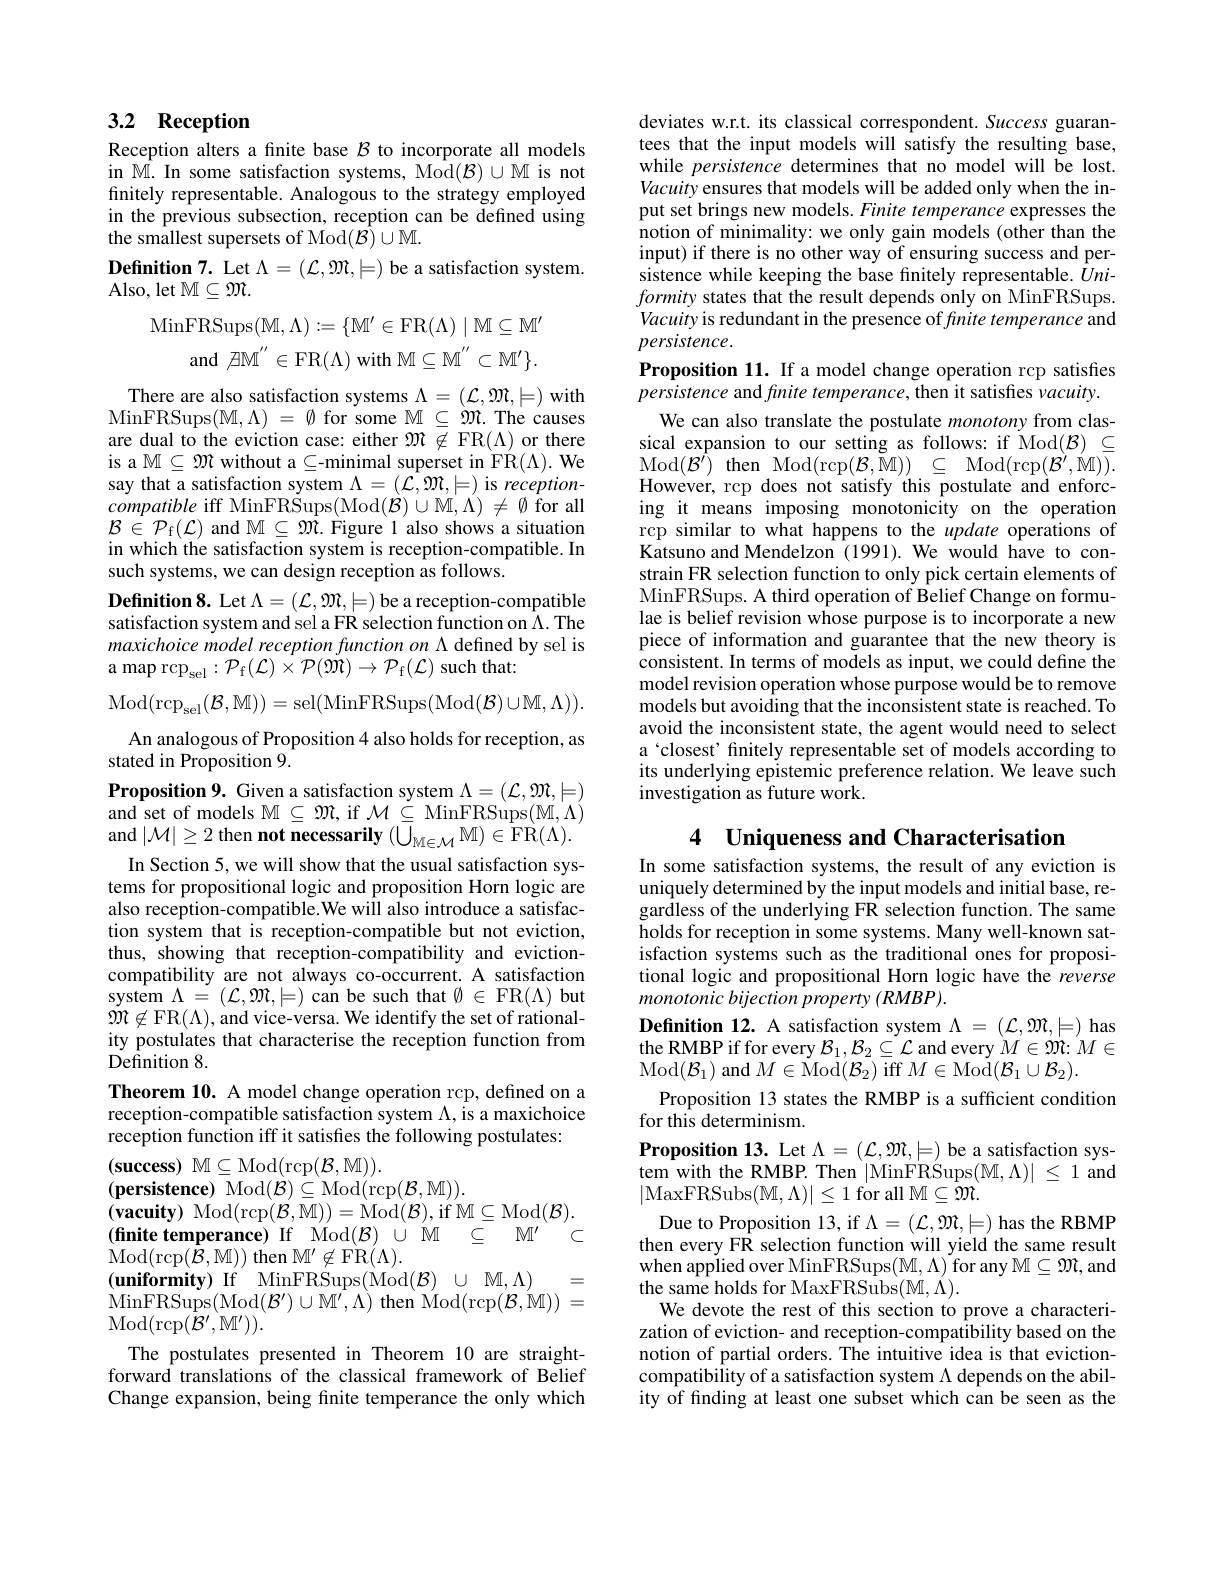
## 3.2 Reception

Reception alters a finite base $\mathcal{B}$ to incorporate all models in M. In some satisfaction systems, Mod$(\mathcal{B})\cup$M is not finitely representable. Analogous to the strategy employed in the previous subsection, reception can be defined using $\hat{\text{the smallest supersets of Mod}} ( \hat{\mathcal{B} } ) \cup \mathbb{M} .$
Definition 7. Let $\Lambda=(\mathcal{L},\mathcal{M},\models)$ be a satisfaction system.
Also, let M$\subseteq\mathfrak{M}.$
$$\begin{array}{rl}{{\mathrm{nFRSups}(\mathbb{M},\Lambda):=\{\mathbb{M}^{\prime}\in\mathrm{FR}(\Lambda)\mid\mathbb{M}\subseteq\mathbb{M}^{\prime}}}\\{{\mathrm{and}\not\exists\mathbb{M}^{^{\prime\prime}}\in\mathrm{FR}(\Lambda)\mathrm{~with~}\mathbb{M}\subseteq\mathbb{M}^{^{\prime\prime}}\subset\mathbb{M}^{\prime}\}.}}\end{array}$$
There are also satisfaction systems $\Lambda=(\mathcal{L},\mathcal{M},\models)$ with MinFRSups$( \mathbb{M} , \Lambda )$ = $\emptyset$ for some $\mathbb{M}\subseteq\mathcal{M}.$The causes are dual to the eviction case: either $\mathfrak{M}\not\in$ FR$(\Lambda)$ or there is a $\mathbb{M}\subseteq\mathfrak{M}$ without a$\subseteq$-minimal superset in FR$(\Lambda).$ We ${\mathrm{say~that~a~satisfaction~system~}\Lambda=(\hat{\mathcal{L}},\mathfrak{M},|=){\mathrm{~is~reception-}}}$ compatible iff MinFRSups(Mod$(\mathcal{B})\cup$M$,\Lambda)\neq\emptyset$ for all $\mathcal{B} \in \mathcal{P} _{\mathrm{f} }( \mathcal{L} )$ and $\mathcal{M}\subseteq\mathcal{M}.$ Figure 1 also shows a situation in which the satisfaction system is reception-compatible. In such systems, we can design reception as follows.
Definition 8. Let $\Lambda=(\mathcal{L},\mathcal{M},\models)$ be a reception-compatible satisfaction system and sel a FR selection function on $\Lambda.$ The maxichoice model reception function on \Lambda defined by sel is ${\text{a map rcp}}_{\mathrm{sel}}:{\mathcal P}_{\mathrm{f}}({\mathcal{L}})\times{\mathcal{P}}({\mathcal{M}})\to{\mathcal{P}}_{\mathrm{f}}({\mathcal{L}})$ such that:
$$\mathrm{Mod}(\mathrm{rcp}_{\mathrm{sel}}(\mathcal{B},\mathbb{M}))=\mathrm{sel}(\mathrm{MinFRSups}(\mathrm{Mod}(\mathcal{B})\cup\mathbb{M},\Lambda)).$$
An analogous of Proposition 4 also holds for reception, as
stated in Proposition 9.
Proposition 9. Given a satisfaction system $\Lambda=(\mathcal{L},\mathfrak{M},\models)$ and set of models $\mathbb{M}\subseteq\mathfrak{M}$,if $\mathcal{M}\subseteq$MinFRSups$(\mathbb{M},\Lambda)$ and $|\mathcal{M}|\geq2$ then not necessarily $(\bigcup_{\mathcal{M}\in\mathcal{M}}\mathbb{M})\in\mathbb{F}$R$(\Lambda).$
In Section 5, we will show that the usual satisfaction systems for propositional logic and proposition Horn logic are also reception-compatible.We will also introduce a satisfaction system that is reception-compatible but not eviction, thus, showing that reception-compatibility and evictioncompatibility are not always co-occurrent. A satisfaction $system\Lambda=(\mathcal{L},\mathfrak{M},\models)$ can be such that $\emptyset\in$ FR$(\Lambda)$ but $\tilde{\mathfrak{m}}\not\in$FR$(\Lambda)$,and vice-versa. We identify the set of rationality postulates that characterise the reception function from Definition 8
Theorem 10. A model change operation rcp, defined on a reception-compatible satisfaction system $\Lambda$, is a maxichoice reception function iff it satisfies the following postulates:
(success) $\mathbb{M}\subseteq$Mod(rcp$(\mathcal{B},\mathbb{M})).$
(persistence) Mod$(\mathcal{B})\subseteq$Mod(rcp$(\mathcal{B},\mathbb{M})).$
$( \textbf{vacuity) Mod}($rcp$(\mathcal{B},\overline{\mathbb{M}}))=$Mod$(\mathcal{B})$,if M$\subseteq$Mod$(\mathcal{B}).$ $( \textbf{finite temperance) If}$ Mod$( \mathcal{B} )$ $\cup$M $\subseteq$ $\mathbb{M} ^\prime$ $\subset$ $\operatorname{Mod}(\operatorname{rcp}(\dot{\mathcal{B}},\mathbb{M}))$ then $\mathbb{M}^\prime\not\in\operatorname{FR}(\Lambda).$
$( \textbf{uniformity) If}$ MinFRSups(Mod$( \mathcal{B} )$ $\cup$ $\mathcal{M} , \Lambda )$
=
$\operatorname*{MinFRSups}(\operatorname{Mod}(\mathcal{B}^{\prime})\cup\operatorname{M^{\prime}},\Lambda)$ then Mod$(\operatorname{rcp}(\mathcal{B},\mathcal{M}))=$
$\operatorname{Mod}(\operatorname{rcp}(\tilde{\mathcal{B}}^{\prime},\mathbb{M}^{\prime})).$
The postulates presented in Theorem 10 are straightforward translations of the classical framework of Belief Change expansion, being finite temperance the only which

deviates w.r.t. its classical correspondent. Success guarantees that the input models will satisfy the resulting base, while persistence determines that no model will be lost. Vacuity ensures that models will be added only when the input set brings new models. Finite temperance expresses the notion of minimality: we only gain models (other than the input) if there is no other way of ensuring success and persistence while keeping the base finitely representable. $\bar{U}ni$- formity states that the result depends only on MinFRSups. Vacuity is redundant in the presence of finite temperance and $persistence.$
Proposition 11. If a model change operation rcp satisfes persistence and finite temperance, then it satisfies vacuity.
We can also translate the postulate monotony from classical expansion to our setting as follows: if Mod$(\mathcal{B})\subseteq$ $\begin{array}{l}{\mathrm{Mod}(\mathcal{B}^{\prime})}&{\mathrm{then~Mod}(\mathrm{rcp}(\mathcal{B},\tilde{\mathbb{M}}))\subseteq\mathrm{Mod}(\mathrm{rcp}(\mathcal{B}^{\prime},\tilde{\mathbb{M}})).}\\{\mathrm{However,~rcp~does~not~satisfy~this~postulate~and~enforc-}}\end{array}$ ing it means imposing monotonicity on the operation rcp similar to what happens to the update operations of Katsuno and Mendelzon (1991). We would have to constrain FR selection function to only pick certain elements of MinFRSups. A third operation of Belief Change on formulae is belief revision whose purpose is to incorporate a new piece of information and guarantee that the new theory is consistent. In terms of models as input, we could define the model revision operation whose purpose would be to remove models but avoiding that the inconsistent state is reached. To avoid the inconsistent state, the agent would need to select a‘closest’ finitely representable set of models according to its underlying epistemic preference relation. We leave such investigation as future work.

4 Uniqueness and Characterisation

In some satisfaction systems, the result of any eviction is uniquely determined by the input models and initial base, regardless of the underlying FR selection function. The same holds for reception in some systems. Many well-known satisfaction systems such as the traditional ones for propositional logic and propositional Horn logic have the reverse monotonic bijection property $(RMBP).$
$\textbf{Definition 12. A satisfaction system }\Lambda = ( \mathcal{L} , \mathcal{M} , \models )$has the RMBP if for every $\mathcal{B}_1,\mathcal{B}_2\subseteq\mathcal{L}$ and every $M\in\mathfrak{M}:M\in$ Mod$(\mathcal{B}_1)$ and $M\in\operatorname{Mod}(\mathcal{B}_2)$ iff $M\in\operatorname{Mod}(\mathcal{B}_1\cup\mathcal{B}_2).$
Proposition 13 states the RMBP is a sufficient condition
for this determinism.
Proposition 13. Let $\Lambda=(\mathcal{L},\mathcal{M},\models)$ be a satisfaction system with the RMBP. Then |MinFRSups$(\mathbb{M},\Lambda)|\leq1$ and |MaxFRSubs$(\mathbb{M},\Lambda)|\leq1$ for all $\mathbb{M}\subseteq\mathfrak{M}.$
Due to Proposition 13, if $\Lambda=(\mathcal{L},\mathfrak{M},\models)$ has the RBMP then every FR selection function will yield the same result when applied over MinFRSups$(\mathbb{M},\Lambda)$ for any $\mathbb{M}\subseteq\mathfrak{M}$,and the same holds for MaxFRSubs$(\mathbb{M},\dot{\Lambda}).$
We devote the rest of this section to prove a characterization of eviction- and reception-compatibility based on the notion of partial orders. The intuitive idea is that evictioncompatibility of a satisfaction system $\Lambda$ depends on the ability of finding at least one subset which can be seen as the